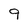
Character: 9